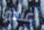
عندما